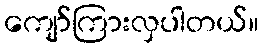
ကျော်ကြားလှပါတယ်။